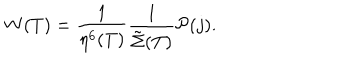
LaTeX: W ( T ) = \frac { 1 } { \eta ^ { 6 } ( T ) } \frac { 1 } { { \tilde { \Sigma } } ( T ) } { \cal P } ( j ) .